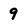
Character: 9